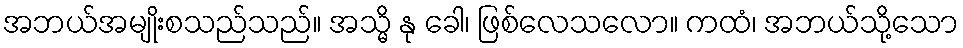
အဘယ်အမျိုးစသည်သည်။ အသ္မိ နု ခေါ၊ ဖြစ်လေသလော။ ကထံ၊ အဘယ်သို့သော